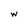
Character: w